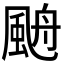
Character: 𩗋